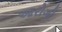
આરોગી